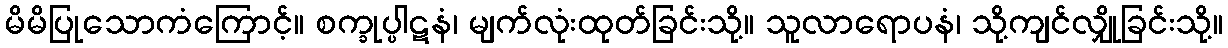
မိမိပြုသောကံကြောင့်။ စက္ခုပ္ပါဋနံ၊ မျက်လုံးထုတ်ခြင်းသို့။ သူလာရောပနံ၊ သို့ကျင်လျှိုခြင်းသို့။